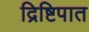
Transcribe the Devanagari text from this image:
द्रिष्टिपात